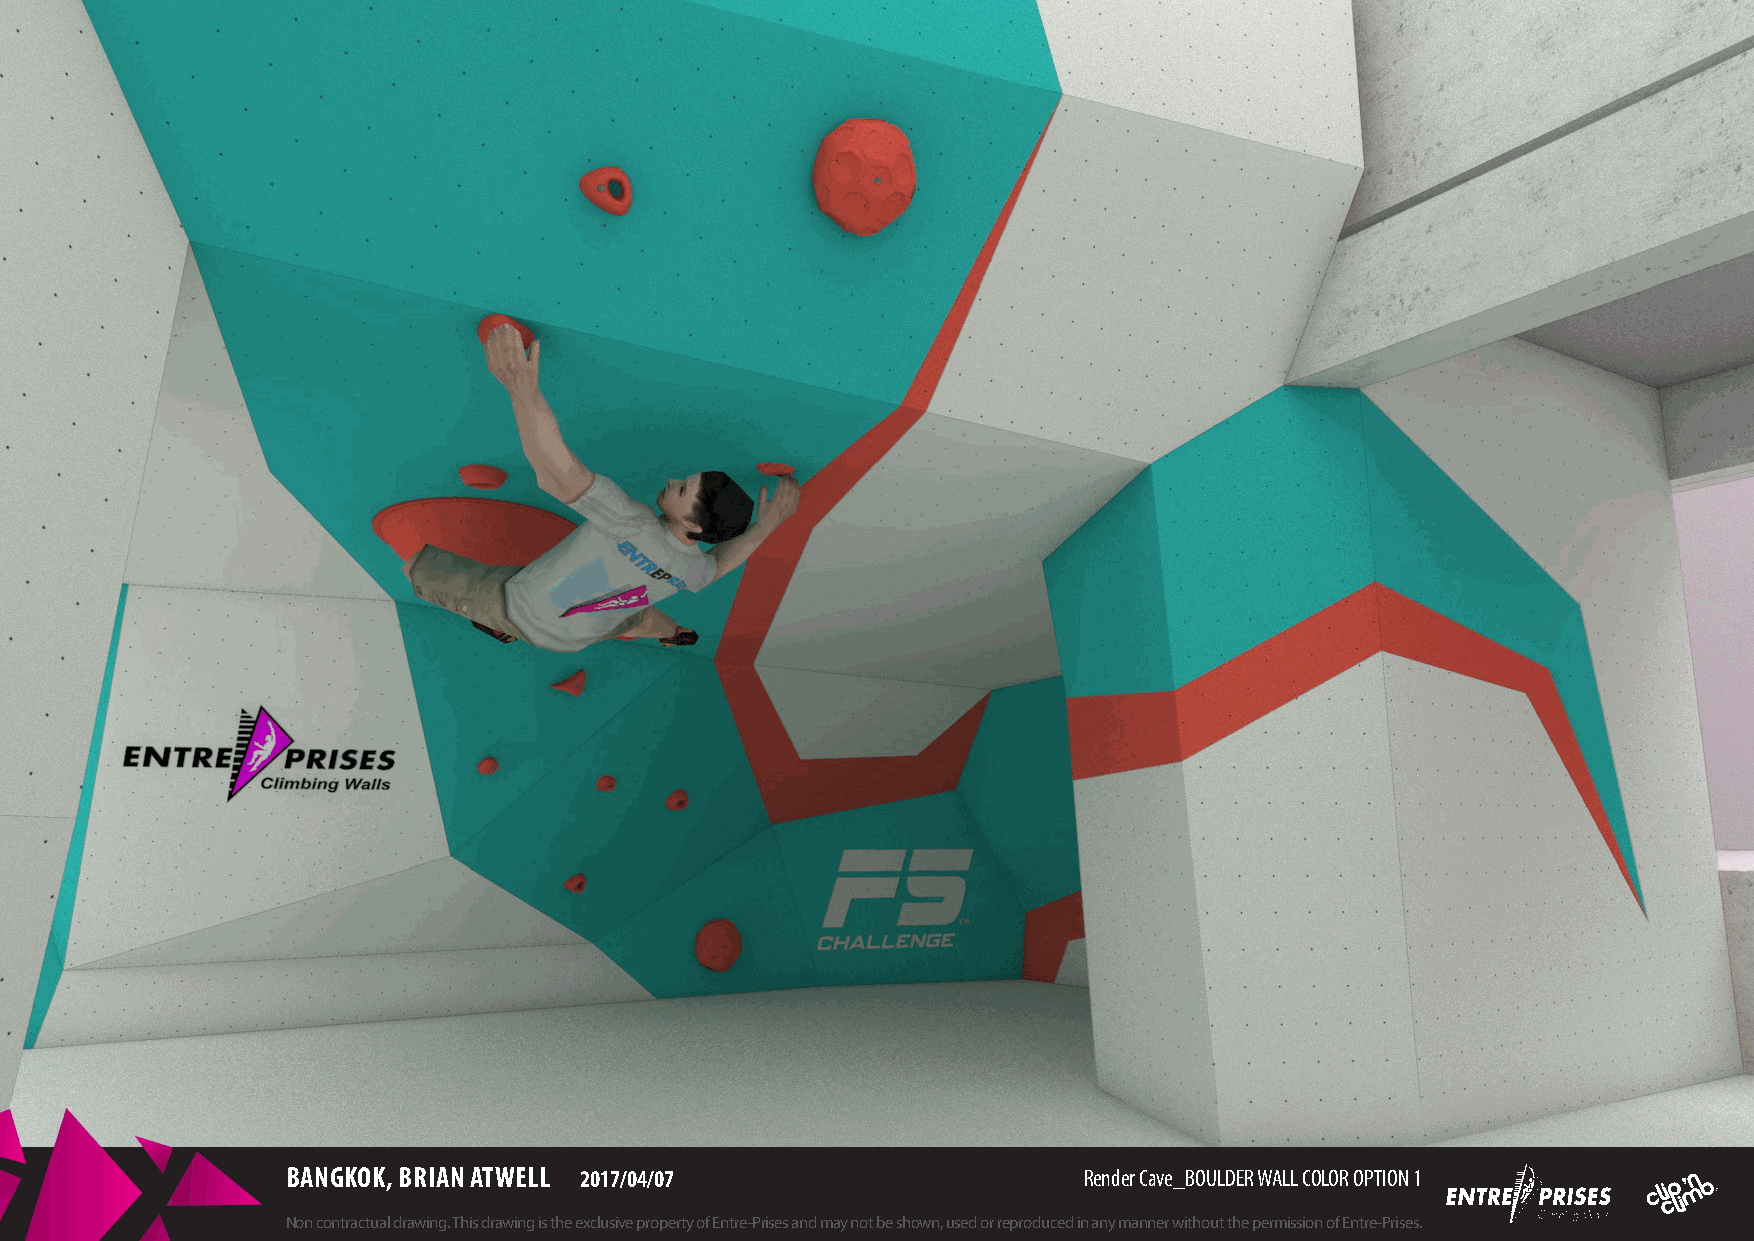
BANGKOK, BRIAN ATWELL 2017/04/07                     Render Cave_BOULDER WALL COLOR OPTION 1
 Non contractual drawing. This drawing is the exclusive property of Entre-Prises and may not be shown, used or reproduced in any manner without the permission of Entre-Prises.